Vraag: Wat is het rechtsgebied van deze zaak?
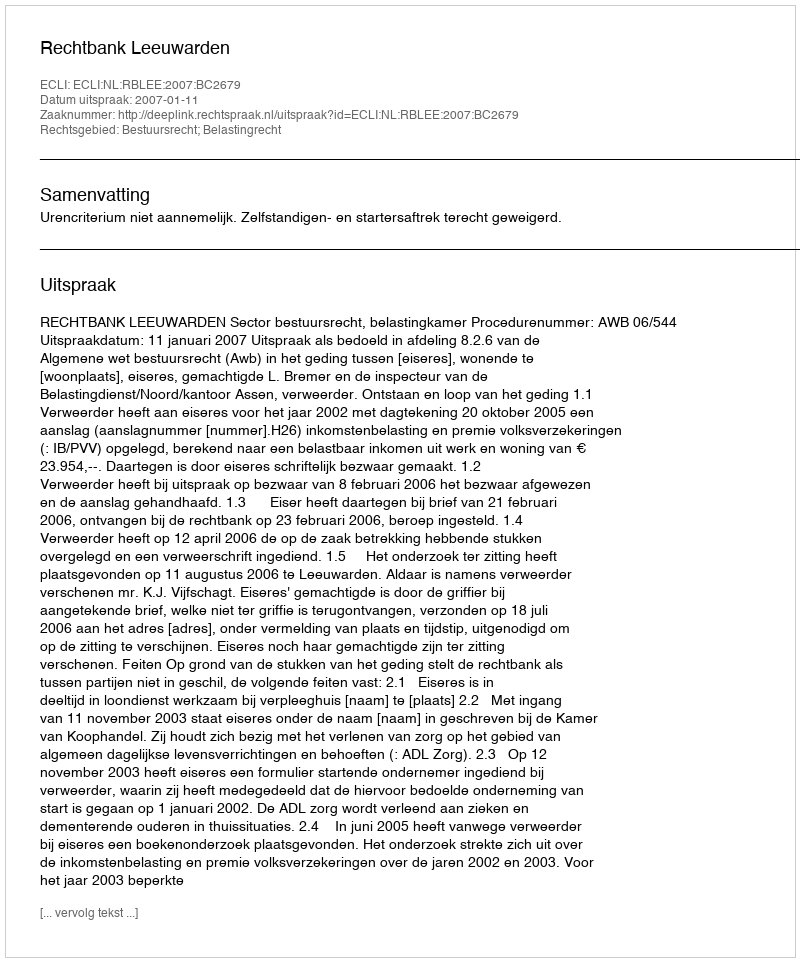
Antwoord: Bestuursrecht; Belastingrecht